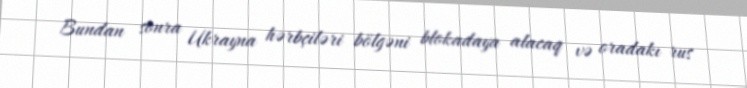
Bundan sonra Ukrayna hərbçiləri bölgəni blokadaya alacaq və oradakı rus